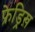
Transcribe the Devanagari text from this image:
फ्रेड्रिख़